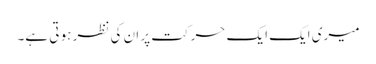
میری ایک ایک حرکت پر ان کی نظر ہو تی ہے۔